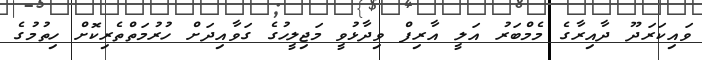
ވައިކަރަދޫ ދާއިރާގެ މެމްބަރު އަލީ އާރިފް ވިދާޅުވީ މަޖިލީހުގެ ގަވާއިދަށް ހުރުމަތްތެރިކޮށް ހިތުމުގެ